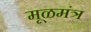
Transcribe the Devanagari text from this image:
मूळमंत्र